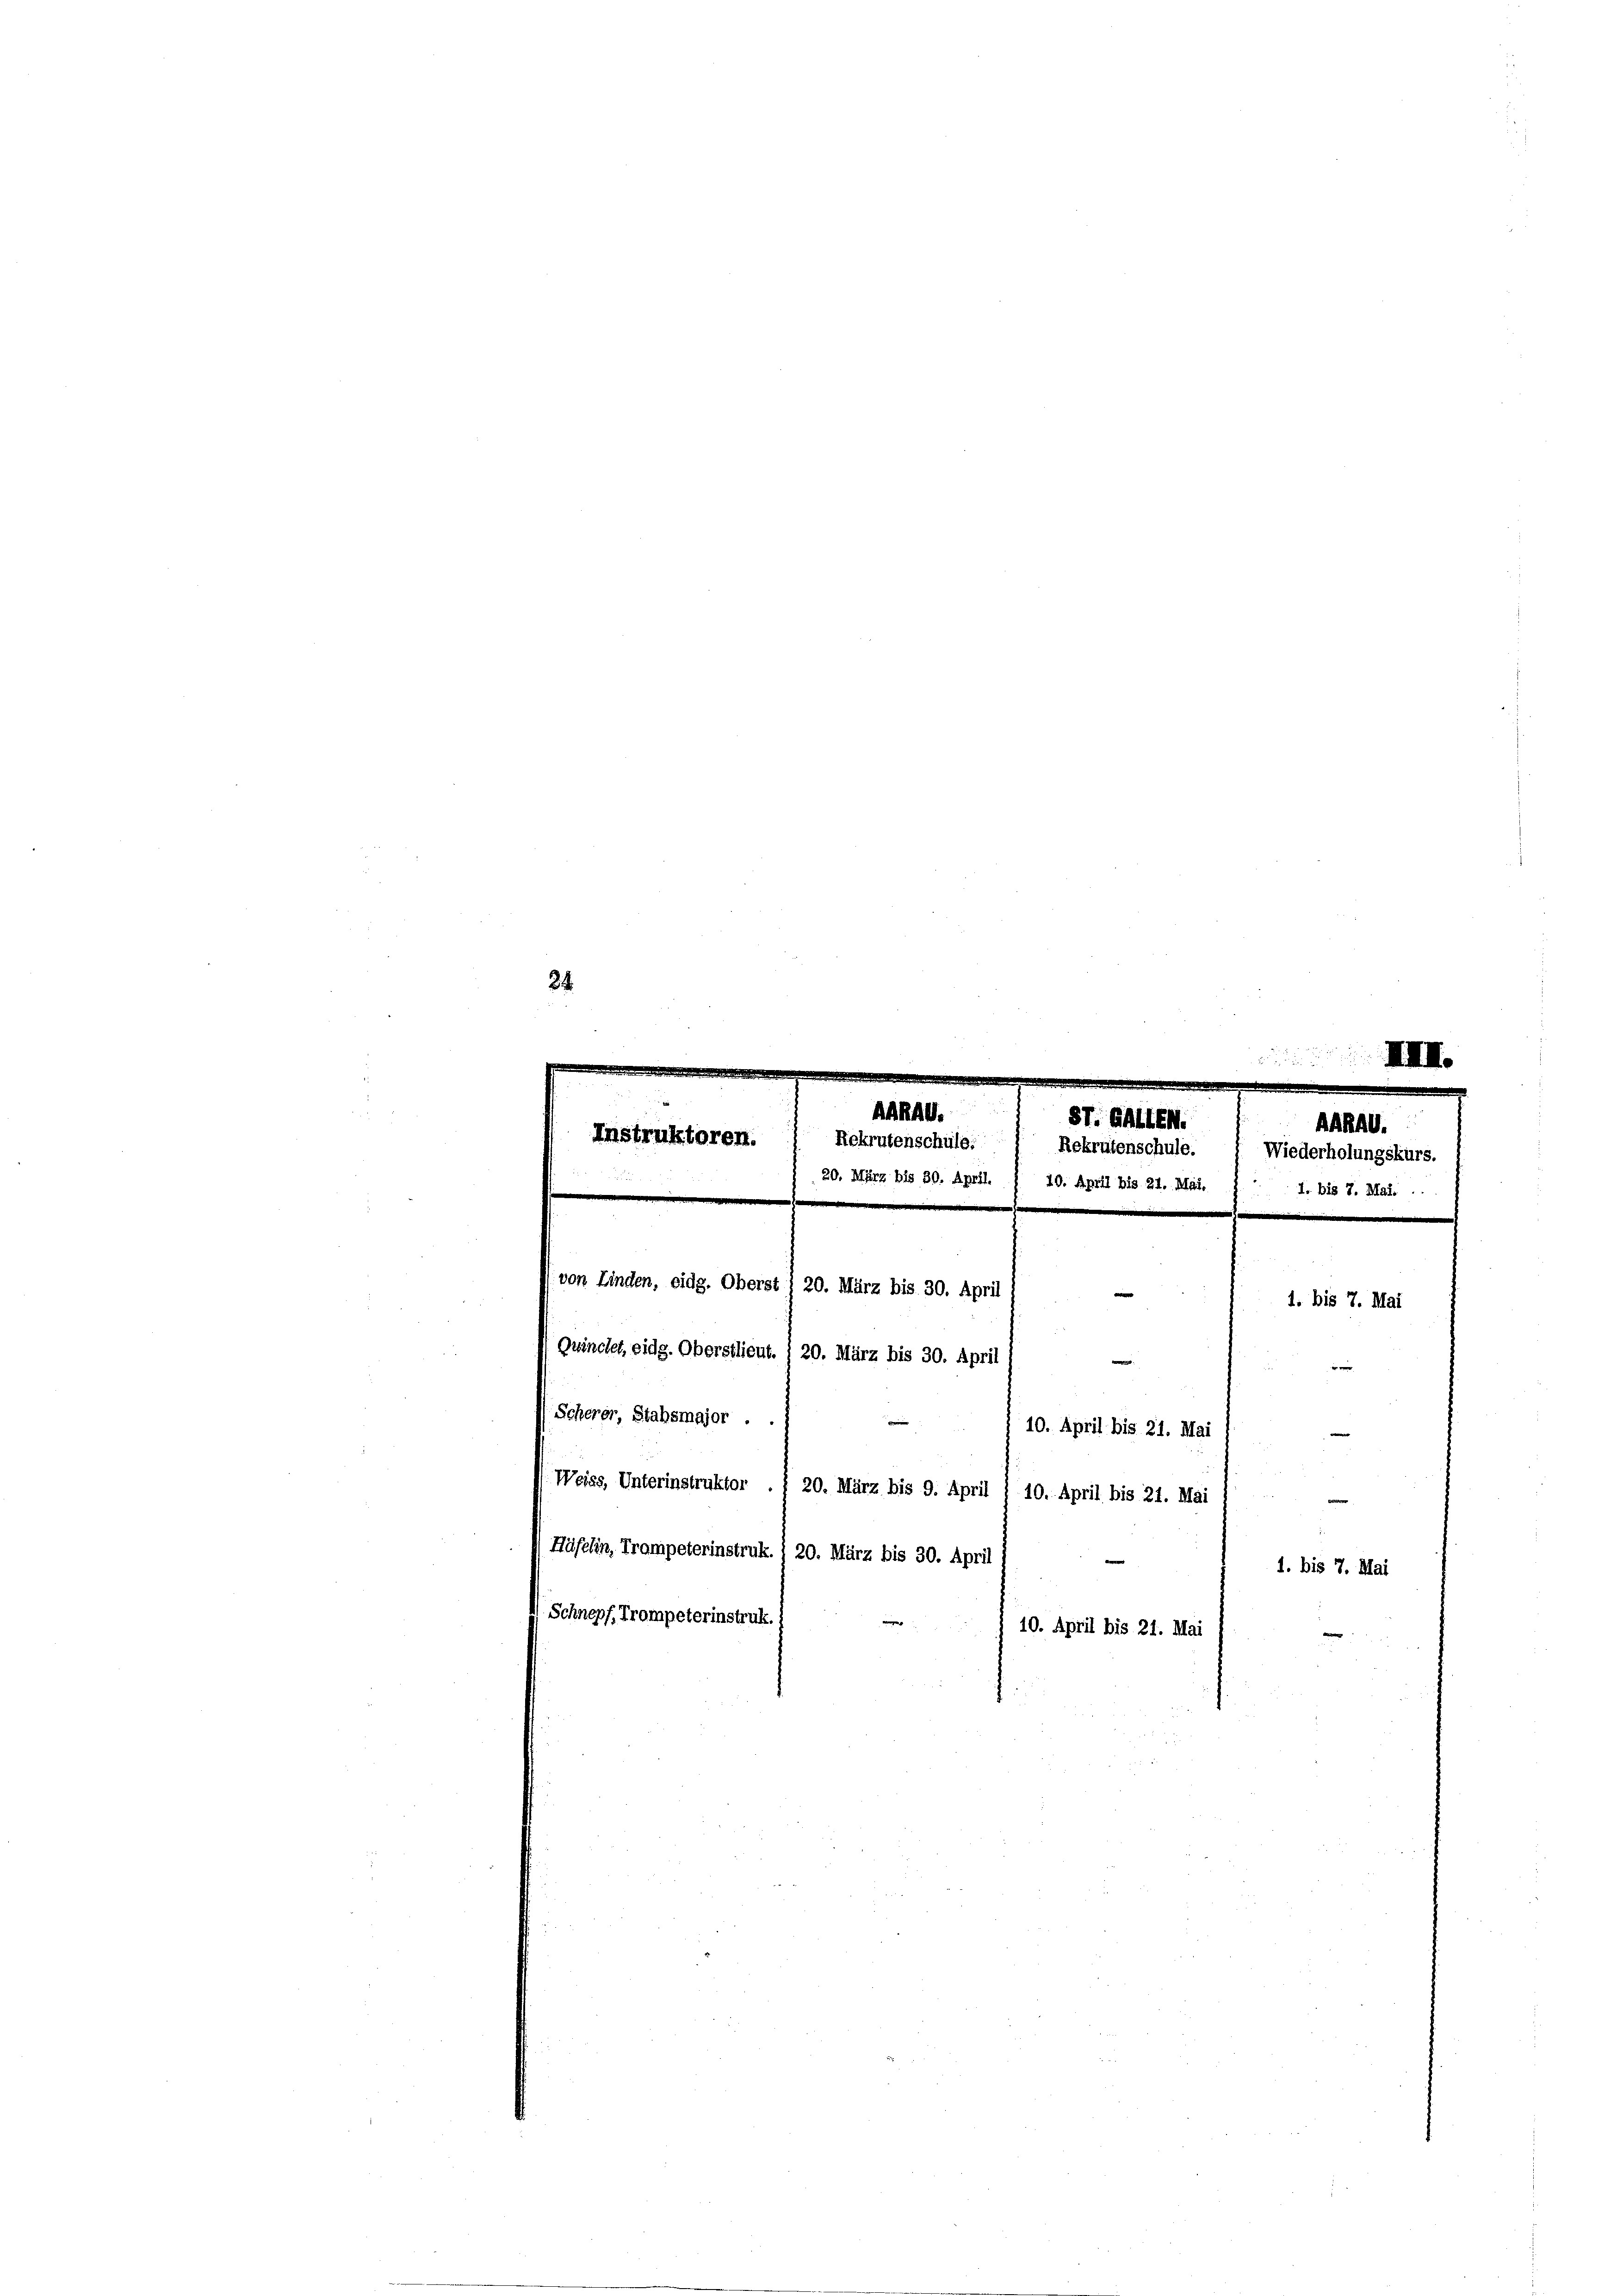
24
IIIII.

von Linden, eidg. Oberst 1 20. März bis 30. April
e
1. bis 7. Mai
Gwinchet, eidg. Oberstlieut. ) 20. März bis 30. April
.

Scherer, Stabsmajor .
10. April bis 21. Mai
|
Weiss, Unterinstruktor ./ 20. März bis 9. April ) 10. April bis 21. Mai
e
Hüfelin, Trompeterinstruk.) 20. März bis 30. April
1. bis 7. Mai
Schnepf, Trompeterinstruk.
10. April bis 21. Mai

Instruktoren.
Rekrutenschule:

AHRAG.
87. Gallen.
Rekrutenschule.
20. März bis 30. April. 1 10. April bis 21. Mai. 1. 1. bis 7. Mai.

AGRAG.
Wiederholungskurs.